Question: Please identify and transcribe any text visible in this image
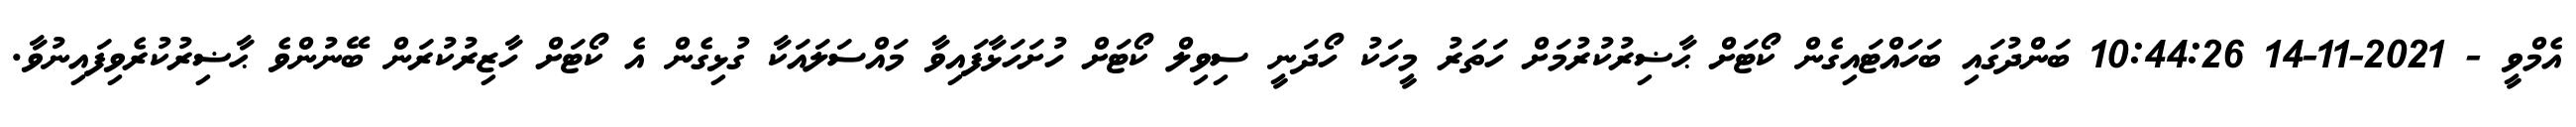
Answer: އެމްވީ - 2021-11-14 10:44:26 ބަންދުގައި ބަހައްޓައިގެން ކޯޓަށް ޙާޟިރުކުރުމަށް ހަތަރު މީހަކު ހޯދަނީ ސިވިލް ކޯޓަށް ހުށަހަޅާފައިވާ މައްސަލައަކާ ގުޅިގެން އެ ކޯޓަށް ހާޒިރުކުރަން ބޭނުންވެ ޙާޟިރުކުރެވިފައިނުވާ.